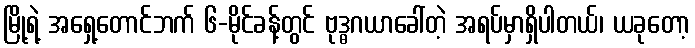
မြို့ရဲ့ အရှေ့တောင်ဘက် ၆-မိုင်ခန့်တွင် ဗုဒ္ဓဂယာခေါ်တဲ့ အရပ်မှာရှိပါတယ်၊ ယခုတော့